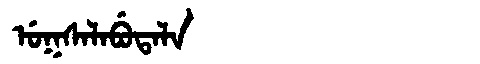
Manchu: ᡠᡴᠰᠠᠯᠠᠪᡠᡨᠠᠯᠠ
Romanization: UKSALABUTALA